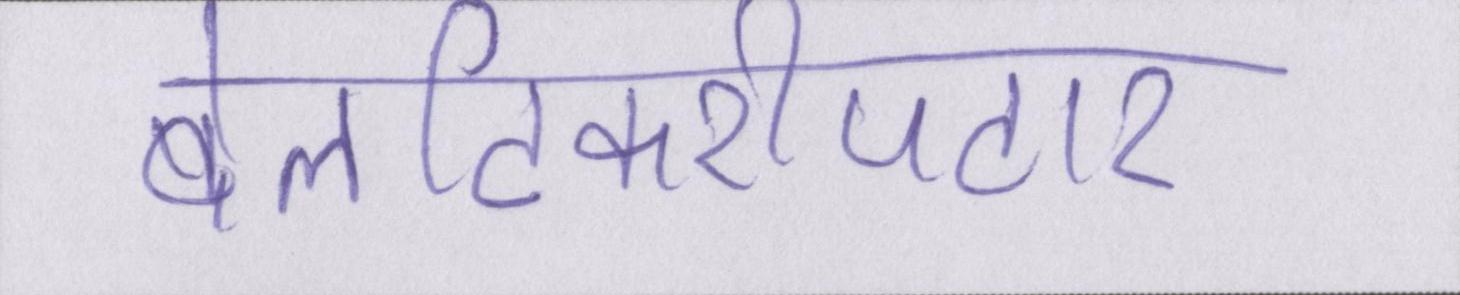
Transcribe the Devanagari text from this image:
बेलटिकरीपटार